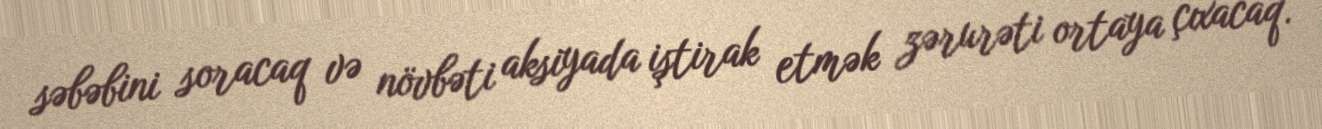
səbəbini soracaq və növbəti aksiyada iştirak etmək zərurəti ortaya çıxacaq.